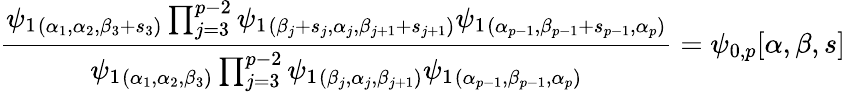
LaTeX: \frac{\psi_{1}{}_{(\alpha_{1},\alpha_{2},\beta_{3}+s_{3})}\prod_{j=3}^{p-2}\psi_{1}{}_{(\beta_{j}+s_{j},\alpha_{j},\beta_{j+1}+s_{j+1})}\psi_{1}{}_{(\alpha_{p-1},\beta_{p-1}+s_{p-1},\alpha_{p})}}{\psi_{1}{}_{(\alpha_{1},\alpha_{2},\beta_{3})}\prod_{j=3}^{p-2}\psi_{1}{}_{(\beta_{j},\alpha_{j},\beta_{j+1})}\psi_{1}{}_{(\alpha_{p-1},\beta_{p-1},\alpha_{p})}}=\psi_{0,p}[\alpha,\beta,s]